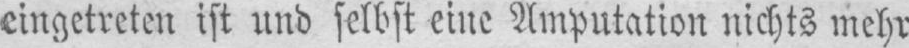
eingetreten ist und selbst eine Amputation nichts mehr